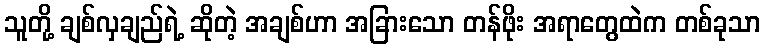
သူတို့ ချစ်လှချည်ရဲ့ ဆိုတဲ့ အချစ်ဟာ အခြားသော တန်ဖိုး အရာတွေထဲက တစ်ခုသာ